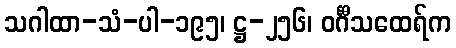
သဂါထာ-သံ-ပါ-၁၉၅၊ ဋ္ဌ-၂၅၆၊ ဝင်္ဂီသထေရ်က